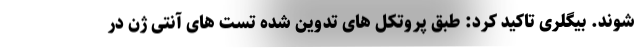
شوند. بیگلری تاکید کرد: طبق پروتکل های تدوین شده تست های آنتی ژن در